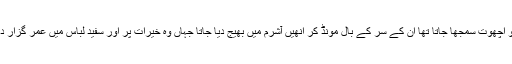
بیوہ خواتین کو اچھوت سمجھا جاتا تھا ان کے سر کے بال مونڈ کر انھیں آشرم میں بھیج دیا جاتا جہاں وہ خیرات پر اور سفید لباس میں عمر گزار دیا کرتی تھیں۔